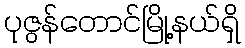
ပုဇွန်တောင်မြို့နယ်ရှိ